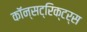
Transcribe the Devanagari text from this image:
कॉन्सट्रिक्टर्स